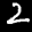
Label: 2